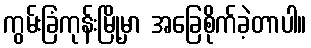
ကွမ်းခြံကုန်းမြို့မှာ အခြေစိုက်ခဲ့တာပါ။